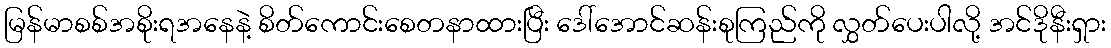
မြန်မာစစ်အစိုးရအနေနဲ့ စိတ်ကောင်းစေတနာထားပြီး ဒေါ်အောင်ဆန်းစုကြည်ကို လွှတ်ပေးပါလို့ အင်ဒိုနီးရှား